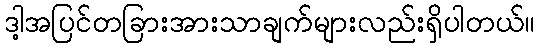
ဒါ့အပြင်တခြားအားသာချက်များလည်းရှိပါတယ်။